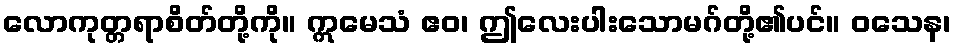
လောကုတ္တရာစိတ်တို့ကို။ ဣမေသံ ဧဝ၊ ဤလေးပါးသောမဂ်တို့၏ပင်။ ဝသေန၊